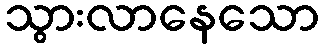
သွားလာနေသော